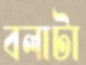
বলাটা